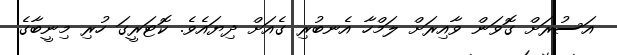
އަސުރަށް ގޮވަން ވާއިރަށް ލަމްހާ އެނބުރި ގެއަށް ދިޔައެވެ. ކޮޓަރީގަ ހުރި މިނީބާގެ